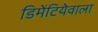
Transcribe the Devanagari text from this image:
डिमेंटियेवाला